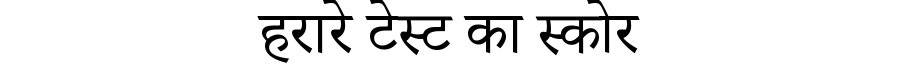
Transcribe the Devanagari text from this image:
हरारे टेस्ट का स्कोर